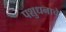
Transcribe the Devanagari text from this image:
पशुधनाचे